Civil Veterinary Department Bihar & Orissa reports 1929-36 - 1929-1936
Year: 1929
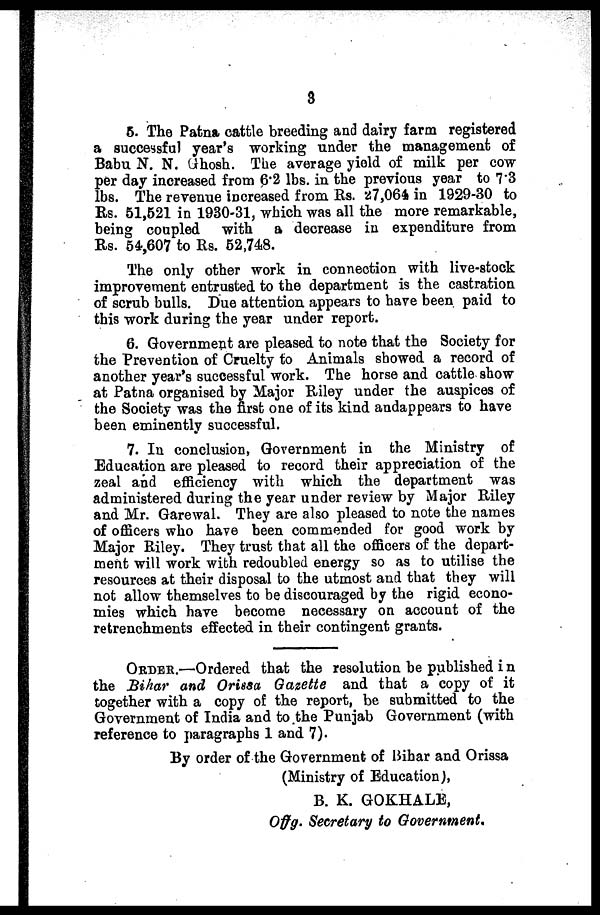
3
5. The Patna cattle breeding and dairy farm registered
a successful year's working under the management of
Babu N. N. Ghosh. The average yield of milk per cow
per day increased from 6.2 lbs. in the previous year to 7.3
lbs. The revenue increased from Rs. 27,064 in 1929-30 to
Rs. 51,521 in 1930-31, which was all the more remarkable,
being coupled with a decrease in expenditure from
Rs. 54,607 to Rs. 52,748.
The only other work in connection with live-stock
improvement entrusted to the department is the castration
of scrub bulls. Due attention appears to have been paid to
this work during the year under report.
6. Government are pleased to note that the Society for
the Prevention of Cruelty to Animals showed a record of
another year's successful work. The horse and cattle show
at Patna organised by Major Riley under the auspices of
the Society was the first one of its kind andappears to have
been eminently successful.
7. In conclusion, Government in the Ministry of
Education are pleased to record their appreciation of the
zeal and efficiency with which the department was
administered during the year under review by Major Riley
and Mr. Garewal. They are also pleased to note the names
of officers who have been commended for good work by
Major Riley. They trust that all the officers of the depart-
ment will work with redoubled energy so as to utilise the
resources at their disposal to the utmost and that they will
not allow themselves to be discouraged by the rigid econo-
mies which have become necessary on account of the
retrenchments effected in their contingent grants.
ORDER.—Ordered that the resolution be published in
the Bihar and Orissa Gazette and that a copy of it
together with a copy of the report, be submitted to the
Government of India and to the Punjab Government (with
reference to paragraphs 1 and 7 ).
By order of the Government of Bihar and Orissa
(Ministry of Education),
B. K. GOKHALE ,
Offg. Secretary to Government.